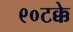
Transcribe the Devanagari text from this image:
९०टक्के